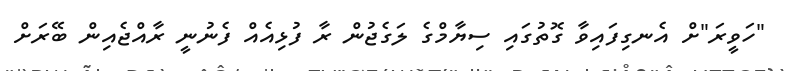
"ހަވީރަ"ށް އެނގިފައިވާ ގޮތުގައި ސިޔާމްގެ ލަގެޖުން ރާ ފުޅިއެއް ފެނުނީ ރާއްޖެއިން ބޭރަށް